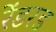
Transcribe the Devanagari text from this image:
रेंडरड